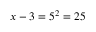
x - 3 = 5 ^ { 2 } = 2 5